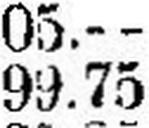
99.75